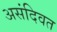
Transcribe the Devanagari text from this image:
असंदिवत